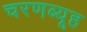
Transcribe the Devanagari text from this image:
चरणब्यूह